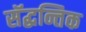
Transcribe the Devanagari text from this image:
सॅद्धन्तिक